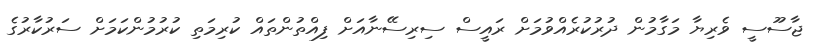
ޖާސޫސީ ވެރިޔާ މަގާމުން ދުރުކުރެއްވުމަށް ރައީސް ސިރިސޭނާއަށް ފިއްތުންތައް ކުރިމަތި ކުރުމުންކަމަށް ސަރުކާރުގެ